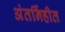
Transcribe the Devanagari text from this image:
अंतर्निहीत